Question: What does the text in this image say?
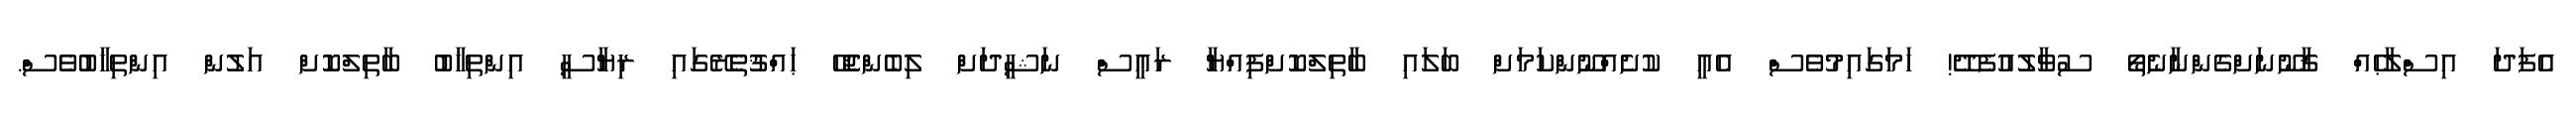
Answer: އެފަދަ އިސްލާޙެއް ޤާނޫނަށްގެންނާނެތޯ ސުވާލުއުފެދޭ! ހަމަގައިމުވެސް އެއީ ކުށެއްނޫންކަމަށް ބަލައި ބާތިލްކޮށްފިއްޔާ ރައީސް ނަޝީދަށް ލިބެންޖެހޭ ޙައްޤުތެރޭގައި ރިޔާސީ އިންތިޚާބު ބާތިލްކޮށް އަލުން އިންތިޚާބުވެސް.